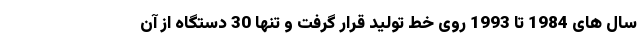
سال های 1984 تا 1993 روی خط تولید قرار گرفت و تنها 30 دستگاه از آن